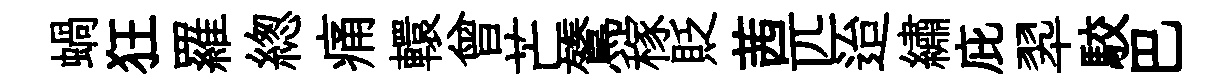
蝸狂羅緫痛轘曾芒鷟稼貶茜匹迨繡庇翆駮巴